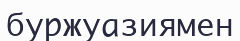
буржуазиямен